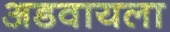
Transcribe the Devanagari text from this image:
अडवायला